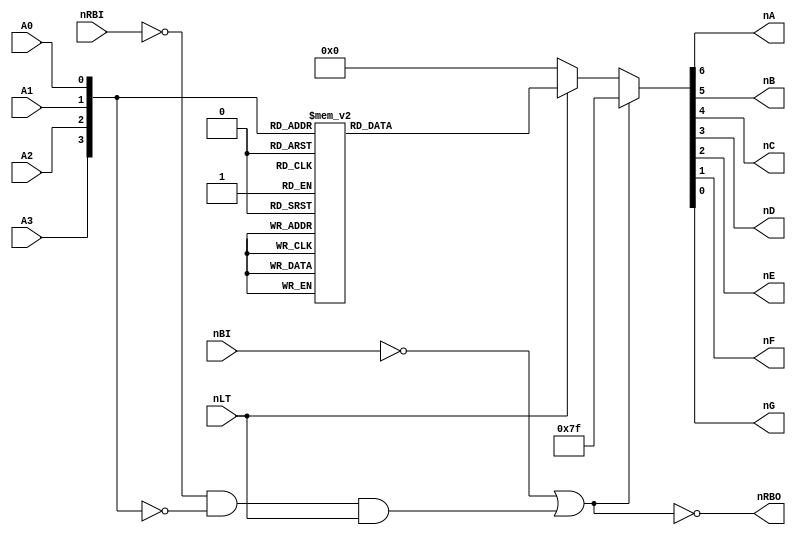
module bcdtoseg(nLT, nRBI, A3, A2, A1, A0, nBI,
				nRBO, nA, nB, nC, nD, nE, nF, nG);

	input  nLT, nRBI, A3, A2, A1, A0, nBI;
	output nRBO, nA, nB, nC, nD, nE, nF, nG;

	// BCD input
	wire  [3:0] SEGIN;
	
	// 7-Segment Output (Active Low)
	reg   [6:0] nSEGOUT;

	// Use Bus notation
	assign   SEGIN[3] = A3;
	assign   SEGIN[2] = A2;
	assign   SEGIN[1] = A1;
	assign   SEGIN[0] = A0;

	assign   nA = nSEGOUT[6];
	assign   nB = nSEGOUT[5];
	assign   nC = nSEGOUT[4];
	assign   nD = nSEGOUT[3];
	assign   nE = nSEGOUT[2];
	assign   nF = nSEGOUT[1];
	assign   nG = nSEGOUT[0];

	// Ripple-blanknig output
	assign nRBO = ~(~nBI || (~nRBI && (SEGIN == 4'd0) && nLT));
	
	// Implement Lookup table
	always @ (nRBO or nLT or SEGIN) begin
		if (~nRBO) begin
			//  Blanking output
			nSEGOUT = ~7'b0000000; 
		end else if (~nLT) begin
			//  Lamp test
			nSEGOUT = ~7'b1111111; 
		end else begin 
			case (SEGIN)
				4'd0:     nSEGOUT = ~7'b1111110; 
				4'd1:     nSEGOUT = ~7'b0110000;
				4'd2:     nSEGOUT = ~7'b1101101;
				4'd3:     nSEGOUT = ~7'b1111001;
				4'd4:     nSEGOUT = ~7'b0110011;
				4'd5:     nSEGOUT = ~7'b1011011;
				4'd6:     nSEGOUT = ~7'b1011111;
				4'd7:     nSEGOUT = ~7'b1110000;
				4'd8:     nSEGOUT = ~7'b1111111;
				4'd9:     nSEGOUT = ~7'b1111011;
				4'hF:		 nSEGOUT = ~7'b1100111;	// Special Pause Display
				default:  nSEGOUT = ~7'b0000000;
			endcase
		end
	end

endmodule